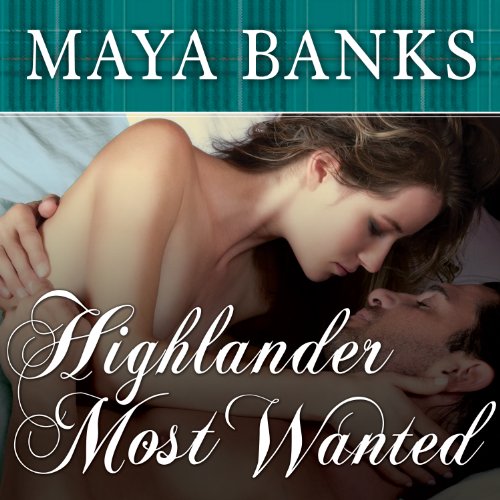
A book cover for Highlander Most Wanted: Montgomerys and Armstrongs, Book 2; Maya Banks; Romance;